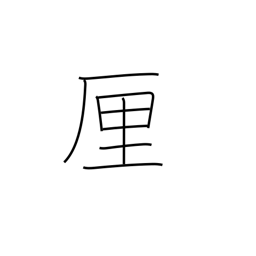
Meaning: rin